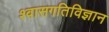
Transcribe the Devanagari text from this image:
श्वासगतिविज्ञान